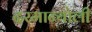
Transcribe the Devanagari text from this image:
दरमान्योली